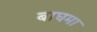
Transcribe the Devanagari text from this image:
बाघमा